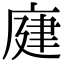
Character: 𢉆